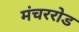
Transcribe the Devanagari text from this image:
मंचररोड